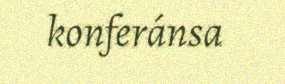
konferánsa